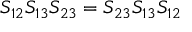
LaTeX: S _ { 1 2 } S _ { 1 3 } S _ { 2 3 } = S _ { 2 3 } S _ { 1 3 } S _ { 1 2 }